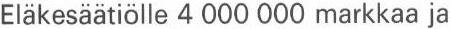
Eläkesäätiölle 4 000 000 markkaa ja